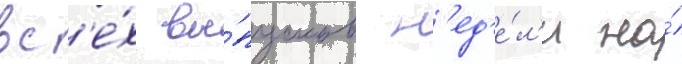
вс'е́х вы́пусков н'ед'е́л'и на́